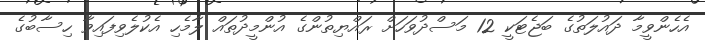
އެހެންވީމާ ދައުލަތުގެ ބަޖެޓަކީ 12 މަސްދުވަހަށް ރައްޔިތުންގެ އުންމީދުތައް ލާމެހި އެކުލެވިފައިވާ ހިސާބުގެ